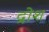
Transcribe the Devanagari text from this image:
द्रोश